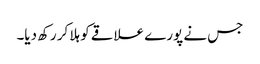
جس نے پورے علاقے کو ہلا کر رکھ دیا۔